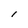
Character: l